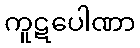
ကူဋပေါဏာ